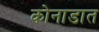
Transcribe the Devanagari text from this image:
कोनाडात